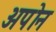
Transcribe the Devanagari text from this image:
अपॊन